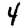
Digit: 4